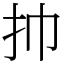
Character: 㧆